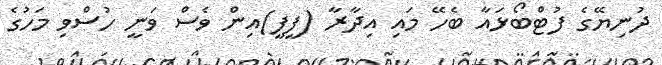
ދުނިޔޭގެ ފުޓްބޯޅައާ ބެހޭ މައި އިދާރާ (ފީފީ)އިން ވެސް ވަނީ ހުސްވި މަހުގެ